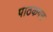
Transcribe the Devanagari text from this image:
पाठकगन